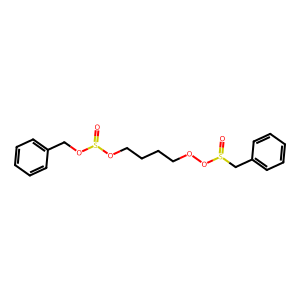
SMILES: O=S(Cc1ccccc1)OOCCCCOS(=O)OCc1ccccc1
Inhibits HIV replication: No